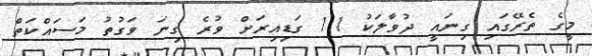
މީގެ ތެރޭގައި ގިނައީ ދުވާލަކު 11 ގަޑިއިރަށް ވުރެ ގިނަ ވަގުތު މަސައްކަތް